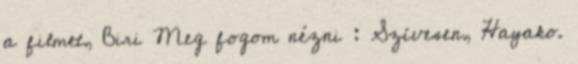
a filmet, Biri Meg fogom nézni : Szívesen, Hayako.